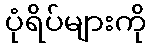
ပုံရိပ်များကို